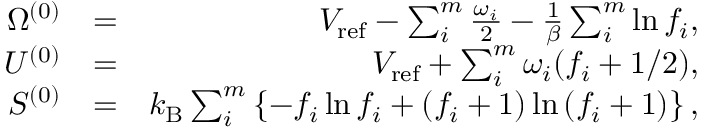
\begin{array} { r l r } { \Omega ^ { ( 0 ) } } & { = } & { V _ { \mathrm { r e f } } - \sum _ { i } ^ { m } \frac { \omega _ { i } } { 2 } - \frac { 1 } { \beta } \sum _ { i } ^ { m } \ln f _ { i } , } \\ { U ^ { ( 0 ) } } & { = } & { V _ { \mathrm { r e f } } + \sum _ { i } ^ { m } \omega _ { i } ( f _ { i } + 1 / 2 ) , } \\ { S ^ { ( 0 ) } } & { = } & { k _ { \mathrm { B } } \sum _ { i } ^ { m } \left\{ - f _ { i } \ln f _ { i } + \left( f _ { i } + 1 \right) \ln \left( f _ { i } + 1 \right) \right\} , } \end{array}